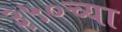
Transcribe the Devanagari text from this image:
३५०च्या